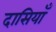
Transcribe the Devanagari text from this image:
दासियाँ